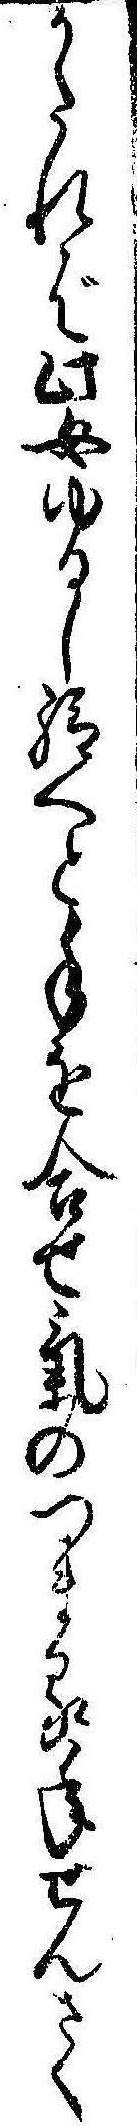
かたれば此女ゆるし給へと手を合せ気のつまる年ぜんさく